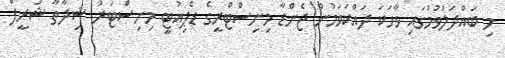
މި ބައްދަލުވުމުގައި ވާހަކަ ދައްކަވަމުން ޖެންޑާ މިނިސްޓްރީގެ ޑެޕިއުޓީ މިނިސްޓަރު ޝިދާތާ ޝަރީފް